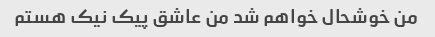
من خوشحال خواهم شد من عاشق پیک نیک هستم